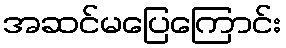
အဆင်မပြေကြောင်း